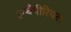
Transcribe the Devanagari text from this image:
इम्बैपीरियल